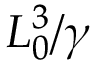
L _ { 0 } ^ { 3 } / \gamma